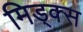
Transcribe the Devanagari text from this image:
मिड्क्स